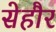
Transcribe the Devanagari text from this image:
सेहौर